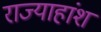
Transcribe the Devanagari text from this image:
राज्याहांश